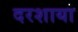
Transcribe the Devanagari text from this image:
दरशाया